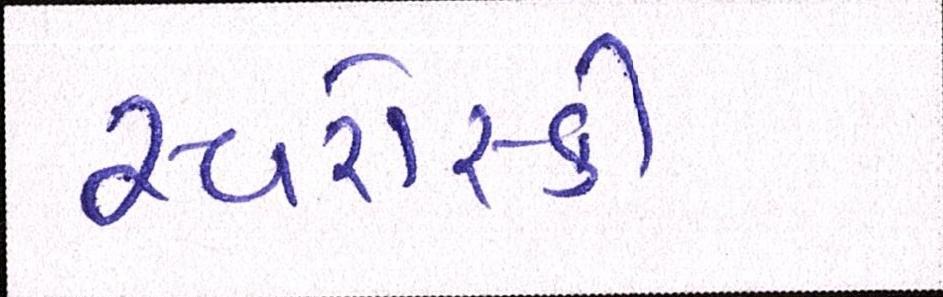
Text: સ્વરોસ્કી